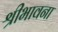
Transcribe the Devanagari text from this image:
श्रीभावना